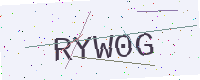
Text: RYW0G